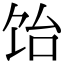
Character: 饴